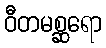
ဝီတမစ္ဆရော